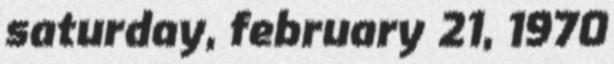
saturday, february 21, 1970